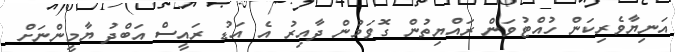
އަނިޔާވެރިކަން ހުއްޓުވަން ރައްޔިތުން ގޮވަމުން ދާއިރު އެ އަޑު ރައީސް އަބްދު ޔާމީންނަށް